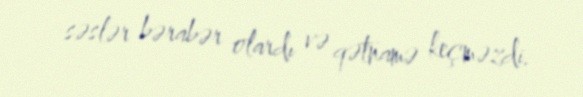
səslər bərabər olardı və qətnamə keçməzdi.